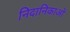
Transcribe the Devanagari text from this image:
निदानिकाओं